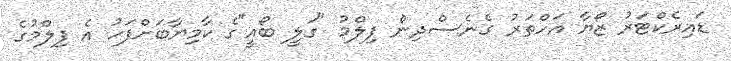
ޑައިރެކްޓަރު ޒޯޔާ އަހްތަރު ގެނެސްދިން ފިލްމު "ގަލީ ބޯއީ"ގެ ކާމިޔާބަށްފަހު އެ ފިލްމުގެ